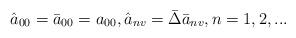
LaTeX: \begin{align*}\hat{a}_{00}=\bar{a}_{00}=a_{00},\hat{a}_{nv}=\bar{\Delta}\bar{a}_{nv},n=1,2,...\end{align*}